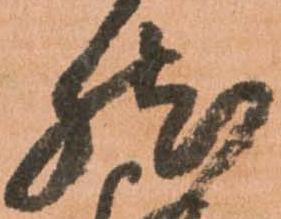
然